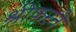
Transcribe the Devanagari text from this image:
श्रीफरने